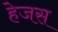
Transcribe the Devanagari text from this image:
हेजस